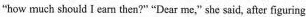
"how much should I earm then'?" "Dear me," she said, after figuring